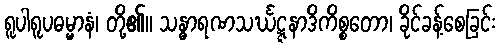
ရူပါရူပဓမ္မာနံ၊ တို့၏။ သန္ဓာရဏသင်္ဃဋ္ဋနာဒိကိစ္စတော၊ ခိုင်ခန့်စေခြင်း